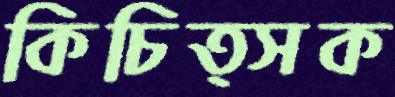
কিচিত্সক